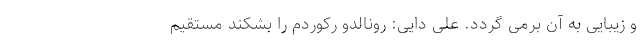
و زیبایی به آن برمی­ گردد. علی دایی: رونالدو رکوردم را بشکند مستقیم